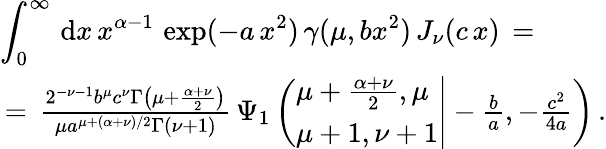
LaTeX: \begin{array}{l}{\displaystyle\int_{0}^{\infty}\, \mathrm{d}x\, x^{\alpha-1}\, \exp(-a\, x^{2})\, \gamma(\mu,bx^{2})\, J_{\nu}(c\, x)\, =\, }\\ {\, =\, \frac{2^{-\nu-1}b^{\mu}c^{\nu}\Gamma\left(\mu+\frac{\alpha+\nu}2\right)}{\mu a^{\mu+(\alpha+\nu)/2}\Gamma(\nu+1)}\, \Psi_{1}\left(\left.\begin{array}{l}{\mu+\frac{\alpha+\nu}2,\mu}\\ {\mu+1,\nu+1}\end{array}\right|-\frac ba,-\frac{c^{2}}{4a}\right)\, .}\end{array}